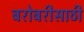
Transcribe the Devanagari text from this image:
बरोबरीसाठी